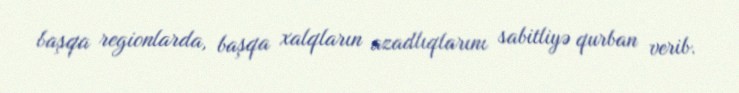
başqa regionlarda, başqa xalqların azadlıqlarını sabitliyə qurban verib.